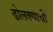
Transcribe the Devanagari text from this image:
ढोलक्याची